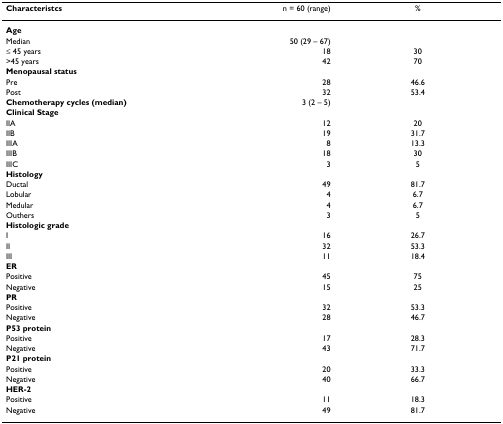
| Characteristcs | n = 60 (range) | % |
 | --- | --- | --- |
 | Age |  |  |
 | Median | 50 (29 – 67) |  |
 | ≤ 45 years | 18 | 30 |
 | >45 years | 42 | 70 |
 | Menopausal status |  |  |
 | Pre | 28 | 46.6 |
 | Post | 32 | 53.4 |
 | Chemotherapy cycles (median) | 3 (2 – 5) |  |
 | Clinical Stage |  |  |
 | IIA | 12 | 20 |
 | IIB | 19 | 31.7 |
 | IIIA | 8 | 13.3 |
 | IIIB | 18 | 30 |
 | IIIC | 3 | 5 |
 | Histology |  |  |
 | Ductal | 49 | 81.7 |
 | Lobular | 4 | 6.7 |
 | Medular | 4 | 6.7 |
 | Outhers | 3 | 5 |
 | Histologic grade |  |  |
 | I | 16 | 26.7 |
 | II | 32 | 53.3 |
 | III | 11 | 18.4 |
 | ER |  |  |
 | Positive | 45 | 75 |
 | Negative | 15 | 25 |
 | PR |  |  |
 | Positive | 32 | 53.3 |
 | Negative | 28 | 46.7 |
 | P53 protein |  |  |
 | Positive | 17 | 28.3 |
 | Negative | 43 | 71.7 |
 | P21 protein |  |  |
 | Positive | 20 | 33.3 |
 | Negative | 40 | 66.7 |
 | HER-2 |  |  |
 | Positive | 11 | 18.3 |
 | Negative | 49 | 81.7 |